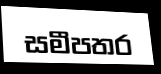
සමීපතර